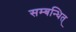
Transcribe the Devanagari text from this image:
सम्बन्धित्